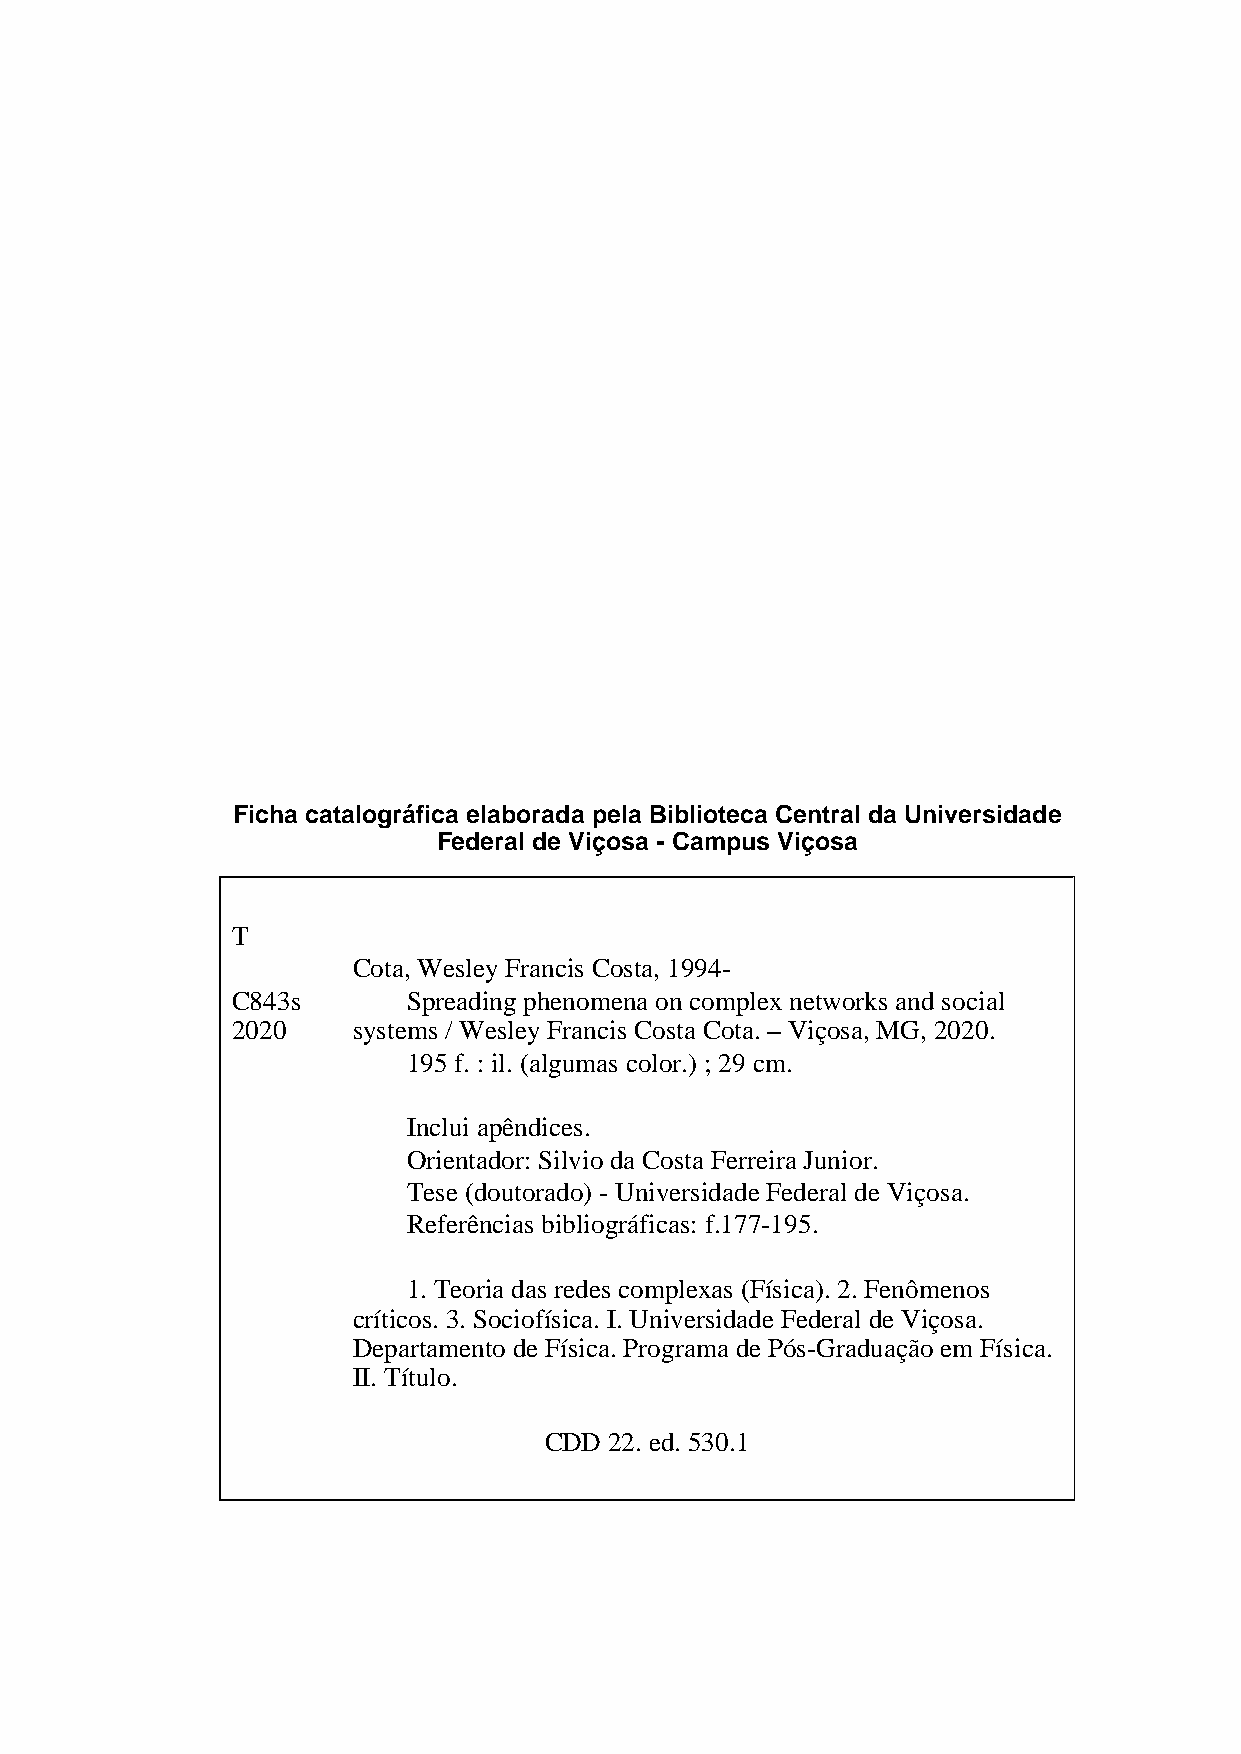
Ficha catalográfica elaborada pela Biblioteca Central da Universidade
 Federal de Viçosa - Campus Viçosa
 T
 Cota, Wesley Francis Costa, 1994-
 C843s       Spreading phenomena on complex networks and social
 2020    systems / Wesley Francis Costa Cota. – Viçosa, MG, 2020.
 195 f. : il. (algumas color.) ; 29 cm.
 Inclui apêndices.
 Orientador: Silvio da Costa Ferreira Junior.
 Tese (doutorado) - Universidade Federal de Viçosa.
 Referências bibliográficas: f.177-195.
 1. Teoria das redes complexas (Física). 2. Fenômenos
 críticos. 3. Sociofísica. I. Universidade Federal de Viçosa.
 Departamento de Física. Programa de Pós-Graduação em Física.
 II. Título.
 CDD 22. ed. 530.1